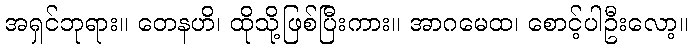
အရှင်ဘုရား။ တေနဟိ၊ ထိုသို့ဖြစ်ပြီးကား။ အာဂမေထ၊ စောင့်ပါဦးလော့။